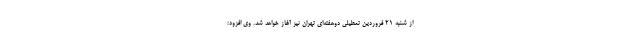
از شنبه ۲۱ فروردین تعطیلی دوهفته‌ای تهران نیز آغاز خواهد شد. وی افزود: